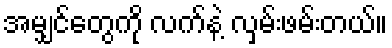
အမျှင်တွေကို လက်နဲ့ လှမ်းဖမ်းတယ်။